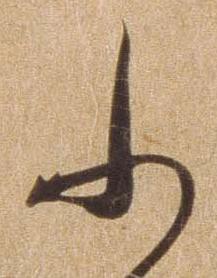
ふ